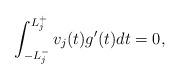
LaTeX: \begin{align*}\int_{-L_j^-}^{L_j^+}v_j(t)g^\prime(t)dt=0,\end{align*}